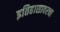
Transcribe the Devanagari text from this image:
इतिहासावरचा